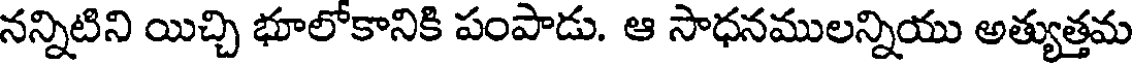
నన్నిటిని యిచ్చి భూలోకానికి పంపాడు. ఆ సాధనములన్నియు అత్యుత్తమ